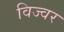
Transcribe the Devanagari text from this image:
विज्वर